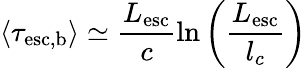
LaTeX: \langle\tau_{\mathrm{esc,b}}\rangle\simeq\frac{L_{\mathrm{esc}}}{c}\ln{\left(\frac{L_{\mathrm{esc}}}{l_{c}}\right)}